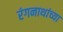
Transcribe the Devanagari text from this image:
रंगनाथांच्या